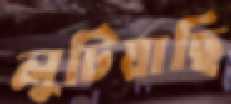
লুটিয়াছি